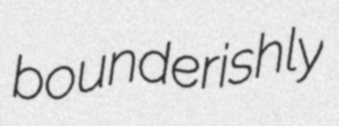
bounderishly